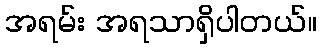
အရမ်း အရသာရှိပါတယ်။